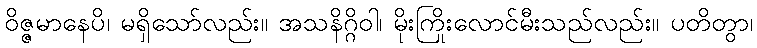
ဝိဇ္ဇမာနေပိ၊ မရှိသော်လည်း။ အသနိဂ္ဂိဝါ၊ မိုးကြိုးလောင်မီးသည်လည်း။ ပတိတွာ၊